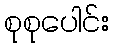
စုစုပေါင်း